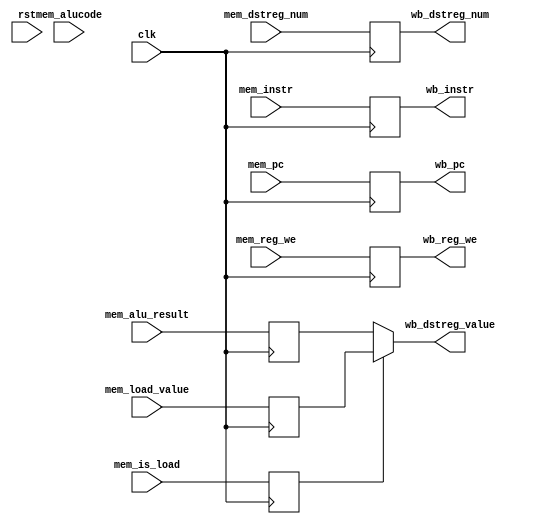
`timescale 1ns / 1ps
//////////////////////////////////////////////////////////////////////////////////
// Company: 
// Engineer: 
// 
// Design Name: 
// Module Name:    write_back 
// Project Name: 
// Target Devices: 
// Tool versions: 
// Description: 
//
// Dependencies: 
//
// Revision: 
// Revision 0.01 - File Created
// Additional Comments: 
//
//////////////////////////////////////////////////////////////////////////////////
module write_back(
input clk,
input rst,
input [31:0]mem_instr,
input [31:0]mem_pc,
input [4:0] mem_dstreg_num,
input [5:0] mem_alucode,
input [31:0] mem_alu_result,
input mem_reg_we,
input mem_is_load,
input [31:0] mem_load_value,
output reg [31:0]wb_instr,
output reg [4:0] wb_dstreg_num,
output wire [31:0] wb_dstreg_value,
output reg [31:0] wb_pc,
output reg wb_reg_we
);


reg [4:0] wb_alucode;
reg [31:0] wb_alu_result;
reg wb_is_load ;
reg [31:0] wb_load_value;

always @(posedge clk )
begin
wb_reg_we <= mem_reg_we;
            wb_dstreg_num <= mem_dstreg_num;
            wb_is_load <= mem_is_load;
            wb_alucode <= mem_alucode;
            wb_alu_result <= mem_alu_result;
			wb_load_value <= mem_load_value;
			wb_instr<=mem_instr;
			wb_pc<=mem_pc;
end
assign wb_dstreg_value = wb_is_load ? wb_load_value : wb_alu_result;



endmodule